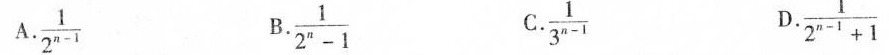
A.$$\frac { 1 } { 2 ^ { n - 1 } }$$ B.$$\frac { 1 } { 2 ^ { n } - 1 }$$ C. $$\frac { 1 } { 3 ^ { n - 1 } }$$ D.$$\frac { 1 } { 2 ^ { n - 1 } + 1 }$$